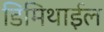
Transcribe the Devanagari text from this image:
डिमिथाईल